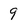
Character: 9